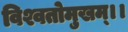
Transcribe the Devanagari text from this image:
विश्वतोमुखम्‌।।